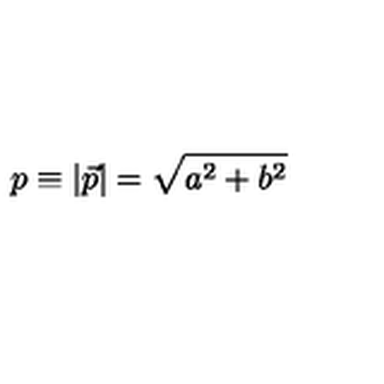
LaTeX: p \equiv | \vec { p } | = \sqrt { a ^ { 2 } + b ^ { 2 } }